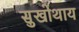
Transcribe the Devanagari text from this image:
सुखोथाय